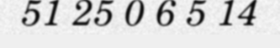
51 25 0 6 5 14